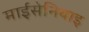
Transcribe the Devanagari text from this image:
माईसेनियाइ